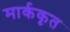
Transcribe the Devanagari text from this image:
मार्ककृत